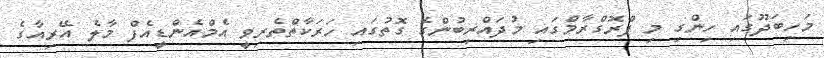
މަހިބަދޫގައި ހިންގި މި ޕްރޮގްރާމްގައި މުދައްރިބުންގެ ގޮތުގައި ހަރަކާތްތެރިވީ އެމްއެންޑީއެފް މާލެ އޭރިއާގެ